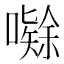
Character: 𭋤